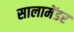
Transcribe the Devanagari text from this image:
सालामेंडर